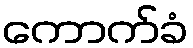
ကောက်ခံ